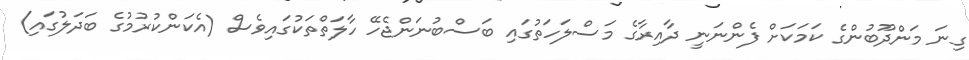
ގިނަ މަންދޫބުންގެ ކަމަކަށް ފެންނަނީ ދާއިރާގެ މަސްލަހަތުގައި ބަސްބުނަންޖެހޭ ހާލަތްތަކުގައިވެސް (އެކަންކުރުމުގެ ބަދަލުގައި)